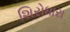
શિરોધારા